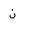
Letter: _non